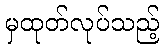
မှထုတ်လုပ်သည့်